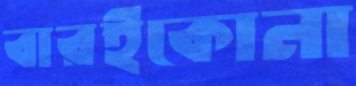
বারইকোনা